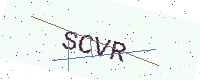
Text: SCVR